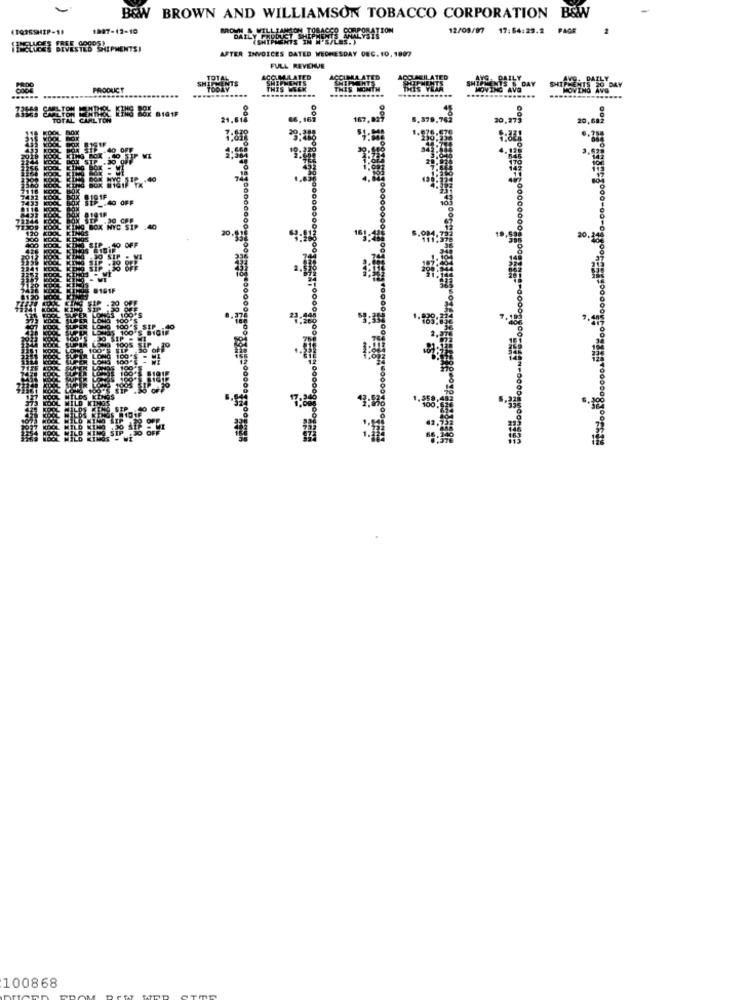
B&W BROWN AND WILLIAMSON TOBACCO CORPORATION B&W
4DQ26SHIP-11
1887-12-10
12/09/97
17:54:29.2
PAGE
AFTER INVOICES DATED WEDNESDAY DEC. 10, 1807
FULL REVENUE
ENTS
ACCUMULATED
SHIPMENTS
ACCUMA ATED
ACCUMULATED
PRODUCT
THIS WEEK
THIS MONTH
167-8
..
8181F
100868